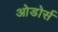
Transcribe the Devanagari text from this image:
ओडोर्स